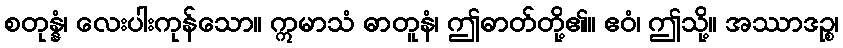
စတုန္နံ၊ လေးပါးကုန်သော။ ဣမာသံ ဓာတူနံ၊ ဤဓာတ်တို့၏။ ဧဝံ၊ ဤသို့။ အဿာဒဉ္စ၊